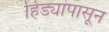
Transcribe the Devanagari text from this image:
हिड्यांपासून